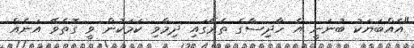
"އެއްބަޔަކު ބުނަނީ އެ ހާދިސާގެ ތެރޭގައި ދިމާވި ކަމަކުން ވީ ގޮތެވޭ އަނެއް